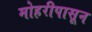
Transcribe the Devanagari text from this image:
मोहरीपासून